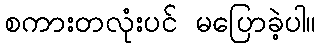
စကားတလုံးပင် မပြောခဲ့ပါ။